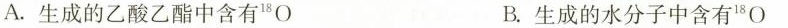
A.生成的乙酸乙酯中含有^{18}O B.生成的水分子中含有^{18}O